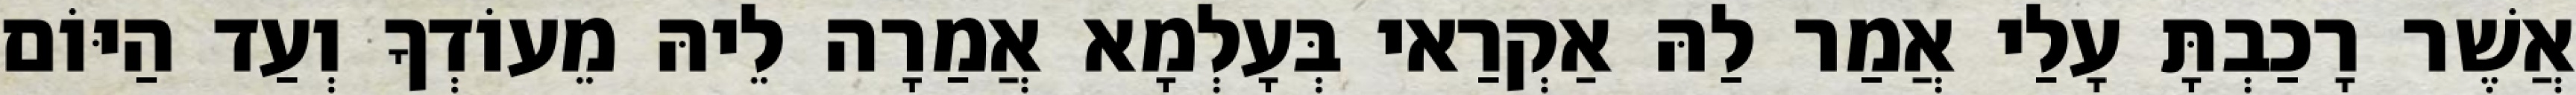
אֲשֶׁר רָכַבְתָּ עָלַי אֲמַר לַהּ אַקְרַאי בְּעָלְמָא אֲמַרָה לֵיהּ מֵעוֹדְךָ וְעַד הַיּוֹם